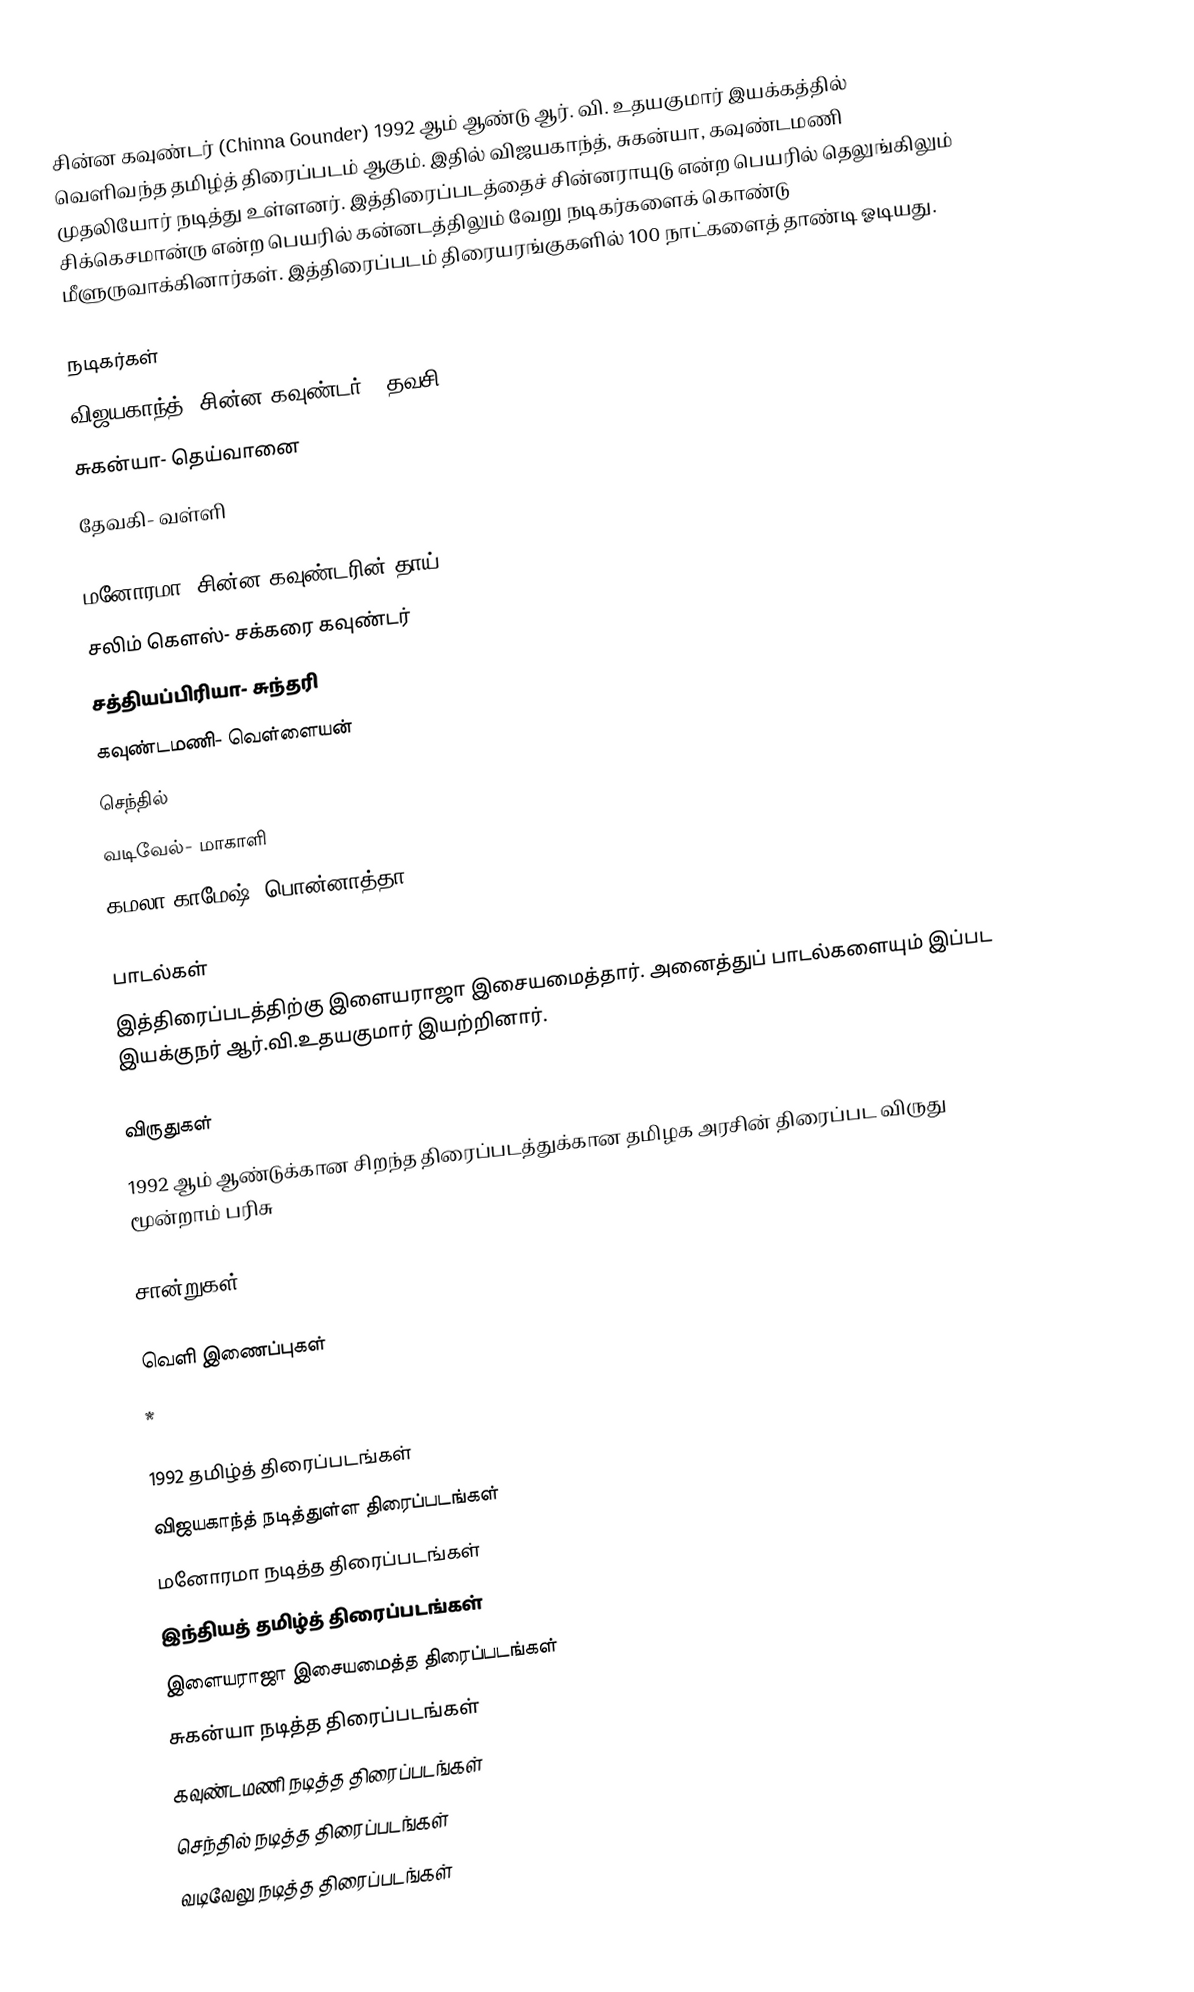
சின்ன கவுண்டர் (Chinna Gounder) 1992 ஆம் ஆண்டு ஆர். வி. உதயகுமார் இயக்கத்தில் வெளிவந்த  தமிழ்த் திரைப்படம் ஆகும். இதில் விஜயகாந்த், சுகன்யா, கவுண்டமணி முதலியோர் நடித்து உள்ளனர். இத்திரைப்படத்தைச் சின்னராயுடு என்ற பெயரில் தெலுங்கிலும் சிக்கெசமான்ரு என்ற பெயரில் கன்னடத்திலும் வேறு நடிகர்களைக் கொண்டு மீளுருவாக்கினார்கள். இத்திரைப்படம் திரையரங்குகளில் 100 நாட்களைத் தாண்டி ஓடியது.

நடிகர்கள்
 விஜயகாந்த்-  சின்ன கவுண்டர் / தவசி
 சுகன்யா- தெய்வானை
 தேவகி- வள்ளி

 மனோரமா-  சின்ன கவுண்டரின் தாய்
 சலிம் கெளஸ்-  சக்கரை கவுண்டர்
 சத்தியப்பிரியா- சுந்தரி
 கவுண்டமணி- வெள்ளையன்
 செந்தில்
 வடிவேல்- மாகாளி
 கமலா காமேஷ்- பொன்னாத்தா

பாடல்கள்
இத்திரைப்படத்திற்கு இளையராஜா இசையமைத்தார். அனைத்துப் பாடல்களையும் இப்பட இயக்குநர் ஆர்.வி.உதயகுமார் இயற்றினார்.

விருதுகள்
1992 ஆம் ஆண்டுக்கான சிறந்த திரைப்படத்துக்கான தமிழக அரசின் திரைப்பட விருது மூன்றாம் பரிசு

சான்றுகள்

வெளி இணைப்புகள்
 *

1992 தமிழ்த் திரைப்படங்கள்
விஜயகாந்த் நடித்துள்ள திரைப்படங்கள்
மனோரமா நடித்த திரைப்படங்கள்
இந்தியத் தமிழ்த் திரைப்படங்கள்
இளையராஜா இசையமைத்த திரைப்படங்கள்
சுகன்யா நடித்த திரைப்படங்கள்
கவுண்டமணி நடித்த திரைப்படங்கள்
செந்தில் நடித்த திரைப்படங்கள்
வடிவேலு நடித்த திரைப்படங்கள்